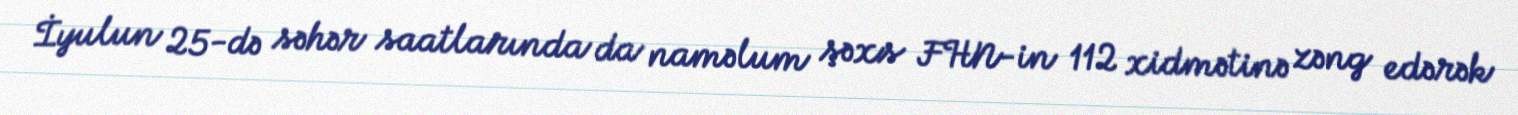
İyulun 25-də səhər saatlarında da naməlum şəxs FHN-in 112 xidmətinə zəng edərək